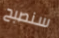
سنصبح